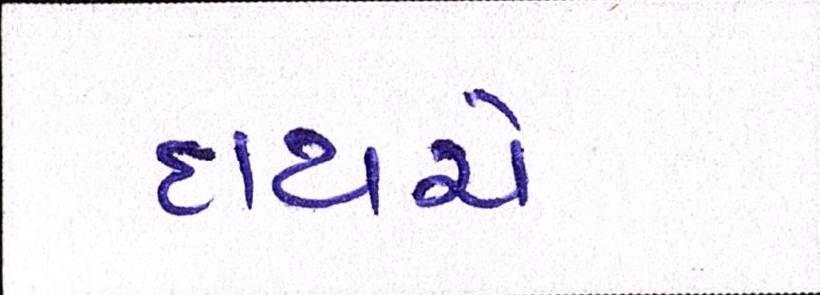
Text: દાયચે